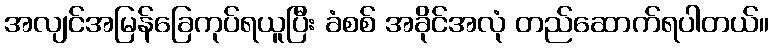
အလျင်အမြန်ခြေကုပ်ရယူပြီး ခံစစ် အခိုင်အလုံ တည်ဆောက်ရပါတယ်။